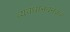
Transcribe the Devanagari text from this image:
व्यवधानबनकर